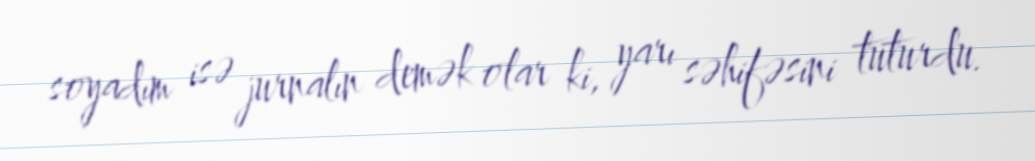
soyadım isə jurnalın demək olar ki, yarı səhifəsini tuturdu.